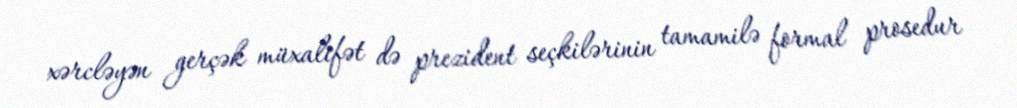
xərcləyən gerçək müxalifət də prezident seçkilərinin tamamilə formal prosedur